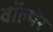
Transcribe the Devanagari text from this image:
वॉल्थेर